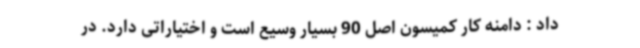
داد : دامنه کار کمیسون اصل 90 بسیار وسیع است و اختیاراتی دارد. در